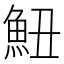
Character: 𱆧